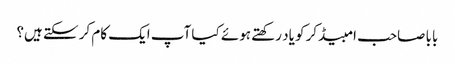
بابا صاحب امبیڈکر کو یاد رکھتے ہوئے کیا آپ ایک کام کر سکتے ہیں؟